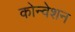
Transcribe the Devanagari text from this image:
कोन्वेशन